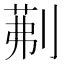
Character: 𭃾